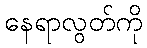
နေရာလွတ်ကို